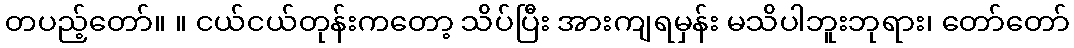
တပည့်တော်။ ။ ငယ်ငယ်တုန်းကတော့ သိပ်ပြီး အားကျရမှန်း မသိပါဘူးဘုရား၊ တော်တော်